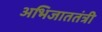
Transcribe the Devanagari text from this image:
अभिजाततंत्री